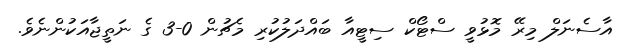
އާސެނަލް މިރޭ މޮޅުވީ ސްޓޯކް ސިޓީއާ ބައްދަލުކުރި މެޗުން 0-3 ގެ ނަތީޖާއަކުންނެވެ.